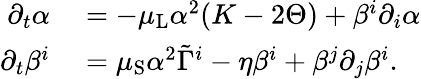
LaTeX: \begin{array}{rl}{\partial_{t}\alpha}&{{}=-\mu_{\mathrm{L}}\alpha^{2}(K-2\Theta)+\beta^{i}\partial_{i}\alpha}\\ {\partial_{t}\beta^{i}}&{{}=\mu_{\mathrm{S}}\alpha^{2}\tilde{\Gamma}^{i}-\eta\beta^{i}+\beta^{j}\partial_{j}\beta^{i}.}\end{array}